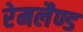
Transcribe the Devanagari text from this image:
रेमलैण्ड